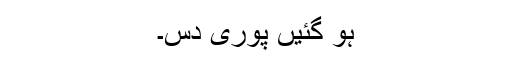
ہو گئیں پوری دس۔